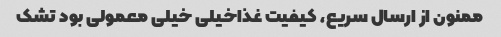
ممنون از ارسال سریع، کیفیت غذاخیلی خیلی معمولی بود تشک